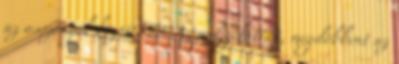
az asszonyok között. 29. Az pedig látván, megdöbbent az